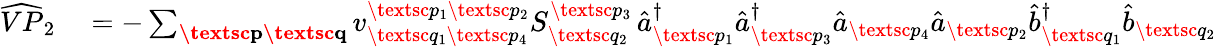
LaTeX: \begin{array}{rl}{\widehat{VP}_{2}}&{{}=-\sum_{\textbf{\textsc{p}}\textbf{\textsc{q}}}{v}_{\textsc{q}_{1}\textsc{p}_{4}}^{\textsc{p}_{1}\textsc{p}_{2}}S_{\textsc{q}_{2}}^{\textsc{p}_{3}}\, \hat{a}_{\textsc{p}_{1}}^{\dagger}\hat{a}_{\textsc{p}_{3}}^{\dagger}\hat{a}_{\textsc{p}_{4}}\hat{a}_{\textsc{p}_{2}}\hat{b}_{\textsc{q}_{1}}^{\dagger}\hat{b}_{\textsc{q}_{2}}}\end{array}